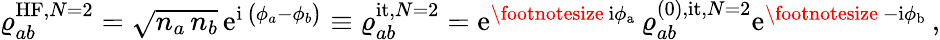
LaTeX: \begin{array}{r}{\varrho_{ab}^{\mathrm{HF},N=2}=\sqrt{n_{a}\, n_{b}}\, \mathrm{e}^{\mathrm{i}\, \big(\phi_{a}-\phi_{b}\big)}\equiv\varrho_{ab}^{\mathrm{it},N=2}=\mathrm{e}^{\mathrm{\footnotesize~\mathrm{i}\phi_{a}~}}\varrho_{ab}^{(0),\mathrm{it},N=2}\mathrm{e}^{\mathrm{\footnotesize~-\mathrm{i}\phi_{b}~}},}\end{array}